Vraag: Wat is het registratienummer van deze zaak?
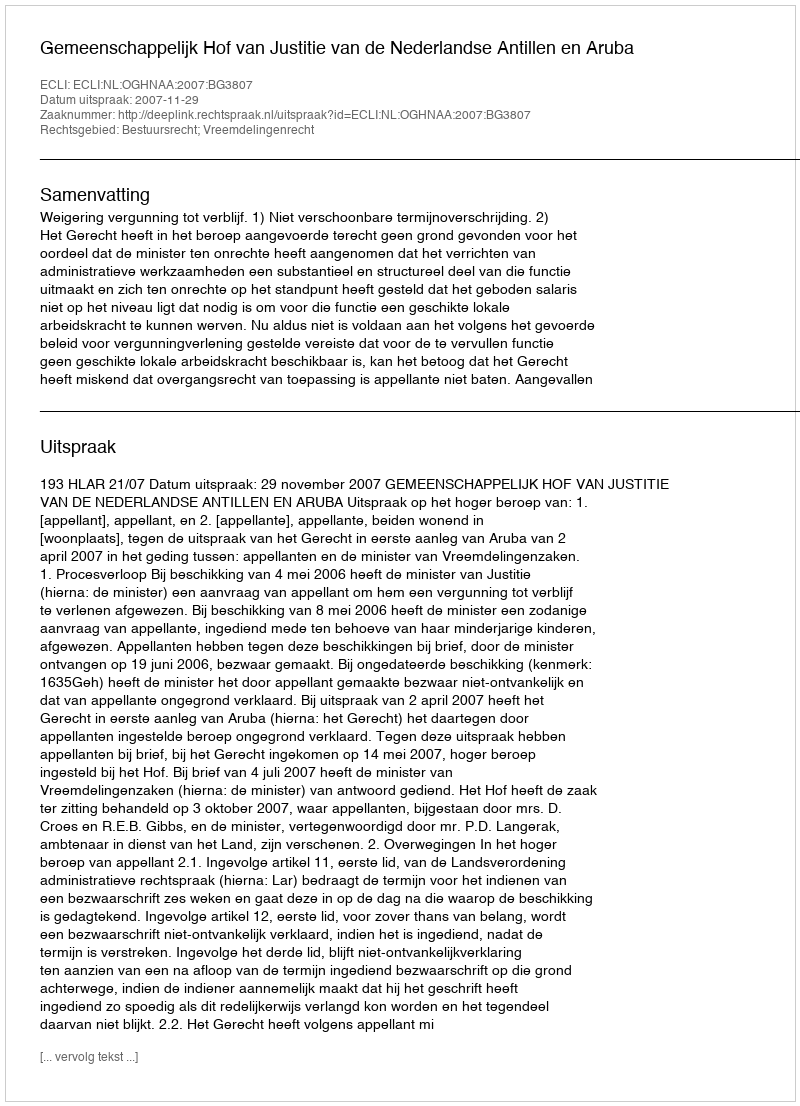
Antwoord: http://deeplink.rechtspraak.nl/uitspraak?id=ECLI:NL:OGHNAA:2007:BG3807